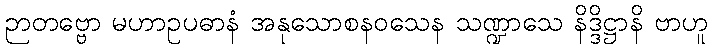
ဉာတဗ္ဗော မဟာဥပဓာနံ အနုသောစနဝသေန သဏ္ဍာသေ နိဒ္ဒိဋ္ဌာနိ ဗာဟူ